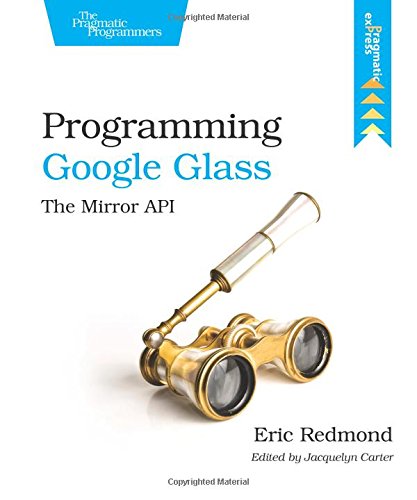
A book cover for Programming Google Glass; Eric Redmond; Computers & Technology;